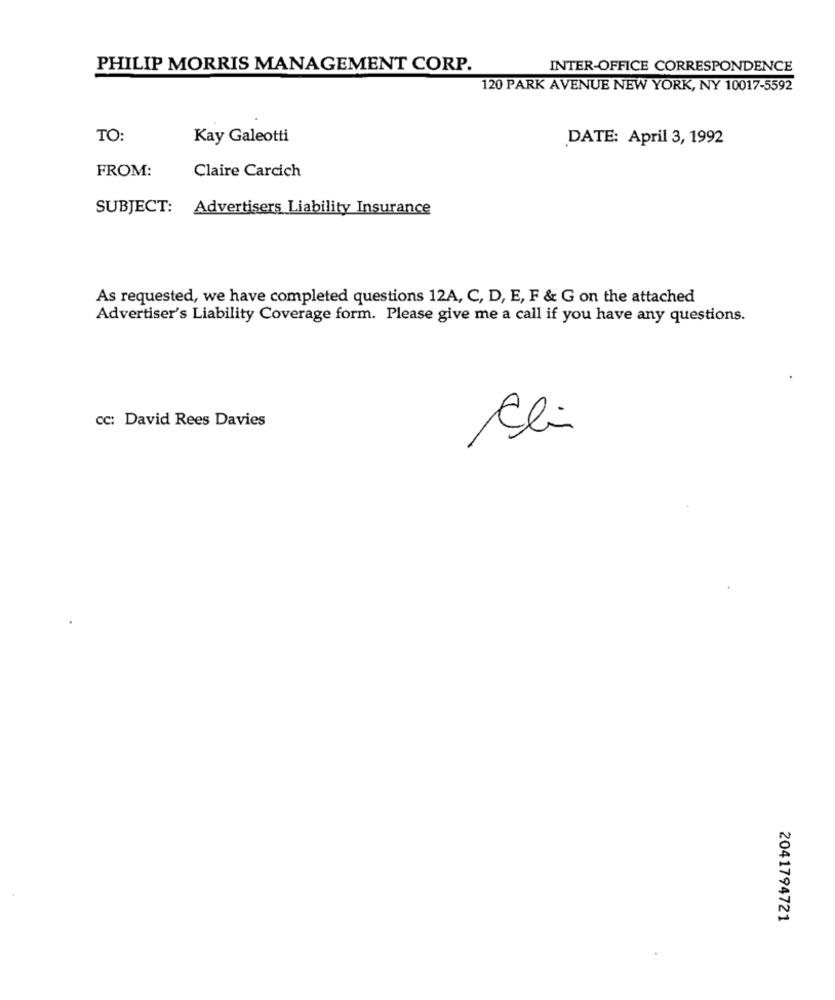
PHILIP MORRIS MANAGEMENT CORP.
INTER-OFFICE CORRESPONDENCE
120 PARK AVENUE NEW YORK, NY 10017-5592
TO:
Kay Galeotti
DATE: April 3, 1992
FROM:
Claire Carcich
SUBJECT: Advertisers Liability Insurance
As requested, we have completed questions 12A, C, D, E, F & G on the attached
Advertiser's Liability Coverage form. Please give me a call if you have any questions.
cc: David Rees Davies
Cli
2041794721